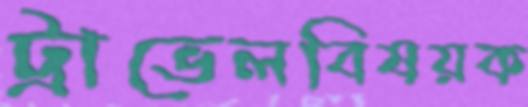
ট্রাভেলবিষয়ক